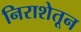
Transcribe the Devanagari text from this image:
निराशेतून